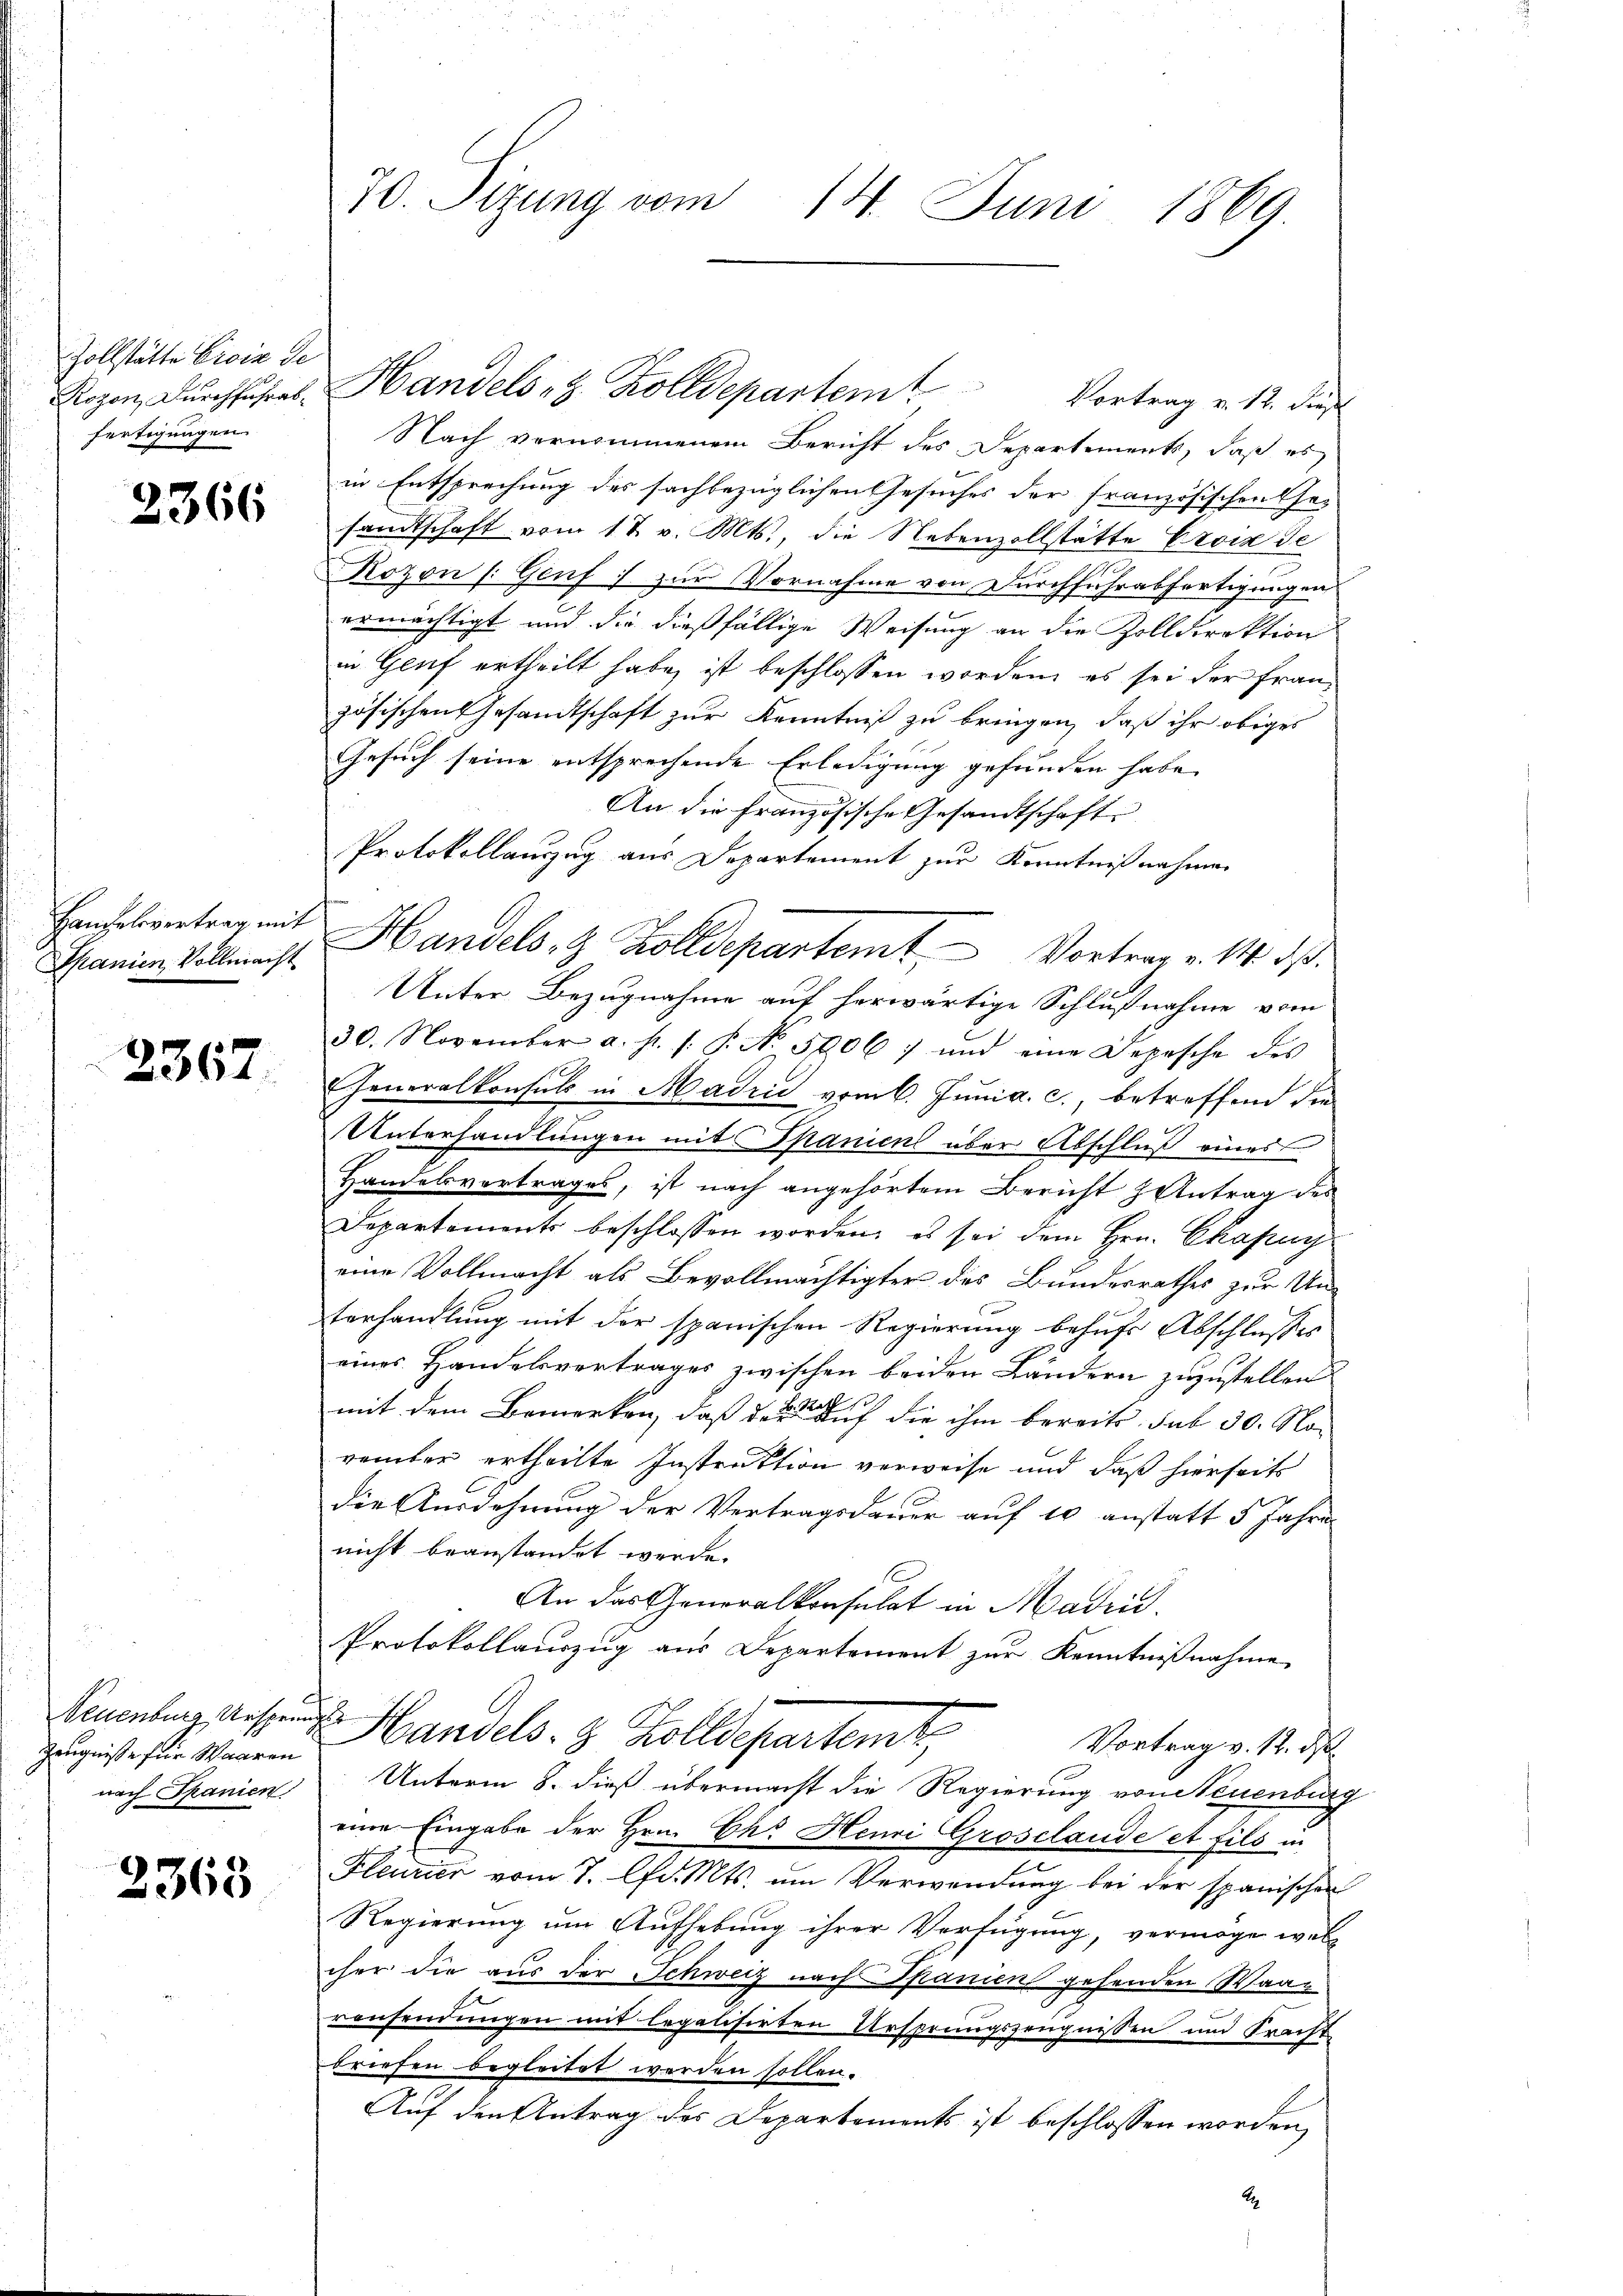
Zollstätte Civiz de
fertigungen

2366

Handelsvertrag mit
Spanien Vollmacht

2367.

Neuenburg, Ursprungs
nach Spanien

2368

70. Sizung vom 14. Juni 1869.

Nach vernommenem Bericht des Departements, daß es
in Entsprechung des sachbezüglichen Gesuches der Französischen Ge-
sandtschaft vom 17. v. Mts., die Nebenzollstätte Croix de
Kozon (Genf :/ zur Vornahme von Durchführabfertigungen
ermächtigt und die dießfällige Weisung an die Zolldirektion
in Genf ertheilt habe, ist beschlossen worden, es sei der Frauzösischen Gesandtschaft zur Kenntniß zu bringen, daß ihr obiges
Gesuch seine entsprechende Erledigung gefunden habe,
An die Französische Gesandtschaft
Protokollauszug aus Departement zur Kenntnißnahmen
Unter Bezugnahme auf herwärtige Schlußnahme vom
30. November a. h. s. P. No. 5906) und eine Depesche des
Generalkonsuls in Madrid vom 6. Junia. c., betreffend die
Unterhandlungen mit Spanicul über Abschluß eines
Handelsvertrages, ist nach angehörtem Bericht Antrag des
Departements beschlossen worden, es sei dem Hrn. Chassun
eine Vollmacht als Bevollmächtigter des Bundesrathes zur Un-
terhandlung mit der spanischen Regierung behufs Abschlusses
eines Handelsvertrages zwischen beiden Ländern zuzustellen
mit dem Bemerken, daß des auf die ihm bereits sub 30. Norember ertheilte Instruktion verweise und daß hierseits
die Ausdehnung der Vertragsdauer auf 10 anstatt 5 Jahre
nicht beanstandet werde.
An das Generalkonsulat in Maden.
Protokollauszug aus Departement zur Kenntnißnahme
gisterstin Miner Handels- & Zolldepartemt
Vortrag v. 12. ds.
Unterm 8. dieß übermacht die Regierung von Neuenburg
eine Eingabe der Hrn. Ch. Henri Grosclaude et fils un
Fleuzier vom 7. Apr. Mts. um Verwendung bei der spanischen
Regierung um Aufhebung ihrer Verfügung, vermöge welcher die aus der Schweiz nach Spanien gehenden Waar
ransendungen mit legalisirten Ursprungszeugnissen und Pracht
briefen begleitet werden sollen.
Auf den Antrag des Departements ist beschlossen worden,
A

Rozen Dŭrchfuhres Handels z. Kolldepartem Vortrag v. 12. dies

Handels- & Zolldepartemt Vortrag v. M. dß.